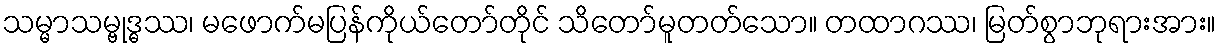
သမ္မာသမ္ဗုဒ္ဓဿ၊ မဖောက်မပြန်ကိုယ်တော်တိုင် သိတော်မူတတ်သော။ တထာဂဿ၊ မြတ်စွာဘုရားအား။